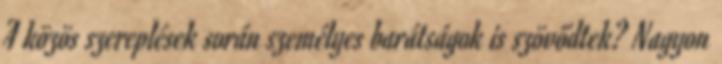
A közös szereplések során személyes barátságok is szövődtek? Nagyon